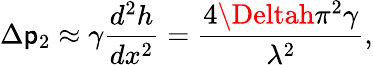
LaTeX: \Delta\mathsf{p}_{2}\approx\gamma\frac{{d^{2}h}}{{dx^{2}}}=\frac{{4\Deltah\pi^{2}\gamma}}{{\lambda^{2}}},